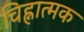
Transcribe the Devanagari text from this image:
चिह्नात्मक